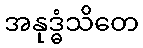
အနုဒ္ဓံသိတေ